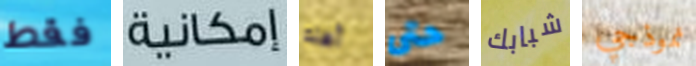
فقط إمكانية أهله حتى شبابك نموذجي